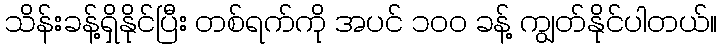
သိန်းခန့်ရှိနိုင်ပြီး တစ်ရက်ကို အပင် ၁၀၀ ခန့် ကျွတ်နိုင်ပါတယ်။